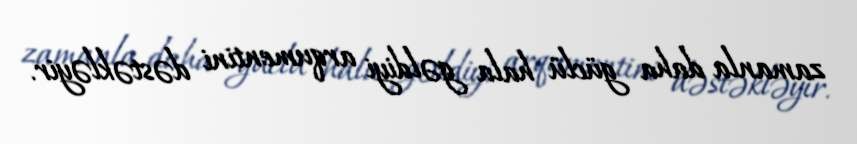
zamanla daha güclü hala gəldiyi arqumentini dəstəkləyir.